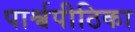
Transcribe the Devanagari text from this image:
पार्श्वपीठिका